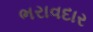
ભરાવદાર